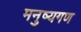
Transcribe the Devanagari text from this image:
मनुष्यगण